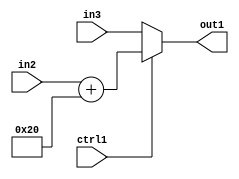
`timescale 1ps / 1ps
/*****************************************************************************
    Verilog RTL Description
    
    
    Created by: Stratus DpOpt 2019.1.01 
*******************************************************************************/

module st_weight_addr_gen_MuxAdd2i32u16u16u1_4 (
	in3,
	in2,
	ctrl1,
	out1
	); /* architecture "behavioural" */ 
input [15:0] in3,
	in2;
input  ctrl1;
output [15:0] out1;
wire [15:0] asc001,
	asc002;

assign asc002 = 
	+(in2)
	+(16'B0000000000100000);

reg [15:0] asc001_tmp_0;
assign asc001 = asc001_tmp_0;
always @ (ctrl1 or asc002 or in3) begin
	case (ctrl1)
		1'B1 : asc001_tmp_0 = asc002 ;
		default : asc001_tmp_0 = in3 ;
	endcase
end

assign out1 = asc001;
endmodule

/* CADENCE  v7X1TQ8= : u9/ySgnWtBlWxVPRXgAZ4Og= ** DO NOT EDIT THIS LINE ******/